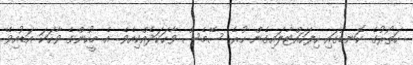
ހަތޯރުގެ ކޮނޑުގައި ހިފަހައްޓާލައިގެން ހުރެ ސޭމެސް ވާހަކަދެއްކިއެވެ. އެ މީހުންގެ ވާހަކަ އަޑުއިވޭ